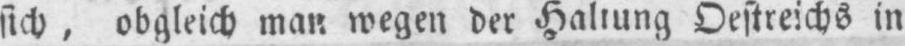
sich, obgleich man wegen der Haltung Oestreichs in